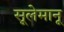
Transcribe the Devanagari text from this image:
सूलेमानू